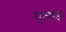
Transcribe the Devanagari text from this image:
एव्ण्ड